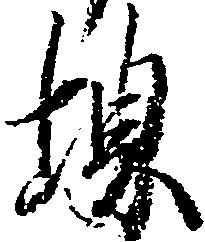
堺